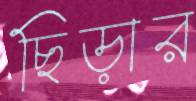
ছিড়ার